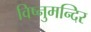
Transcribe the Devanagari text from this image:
विष्नुमन्दिर